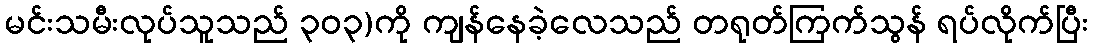
မင်းသမီးလုပ်သူသည် ၃၀၃)ကို ကျန်နေခဲ့လေသည် တရုတ်ကြက်သွန် ရပ်လိုက်ပြီး